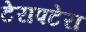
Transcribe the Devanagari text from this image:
टेरापटेरा